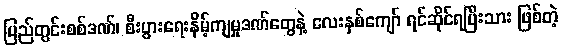
ပြည်တွင်းစစ်ဒဏ်၊ စီးပွားရေးနိမ့်ကျမှုဒဏ်တွေနဲ့ လေးနှစ်ကျော် ရင်ဆိုင်ရပြီးသား ဖြစ်တဲ့